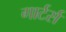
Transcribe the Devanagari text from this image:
गार्टर्स